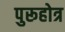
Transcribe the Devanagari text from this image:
पुरूहोत्र